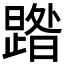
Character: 𭧹